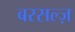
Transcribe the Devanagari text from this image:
बरसल्ज़